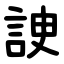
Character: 䛕